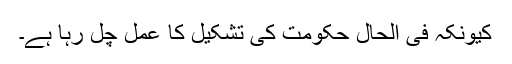
کیونکہ فی الحال حکومت کی تشکیل کا عمل چل رہا ہے۔